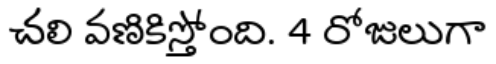
చలి వణికిస్తోంది. 4 రోజులుగా